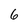
Character: 6